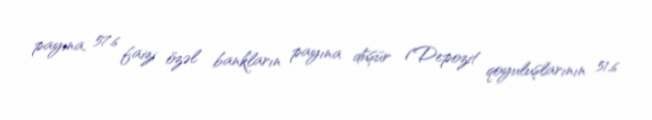
payına, 57.6 faizi özəl bankların payına düşür (Depozit qoyuluşlarının 51,6